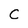
Character: C